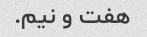
هفت و نیم.